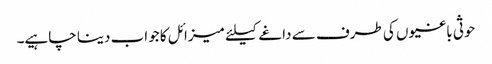
حوثی باغیوں کی طرف سے داغے کیلئے میزائل کا جواب دینا چاہیے۔